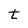
Character: t